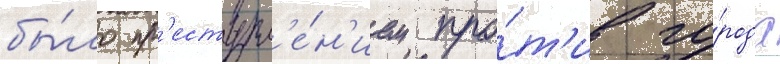
бы́ло пр'еступл'е́н'ием про́т'ив го́рода